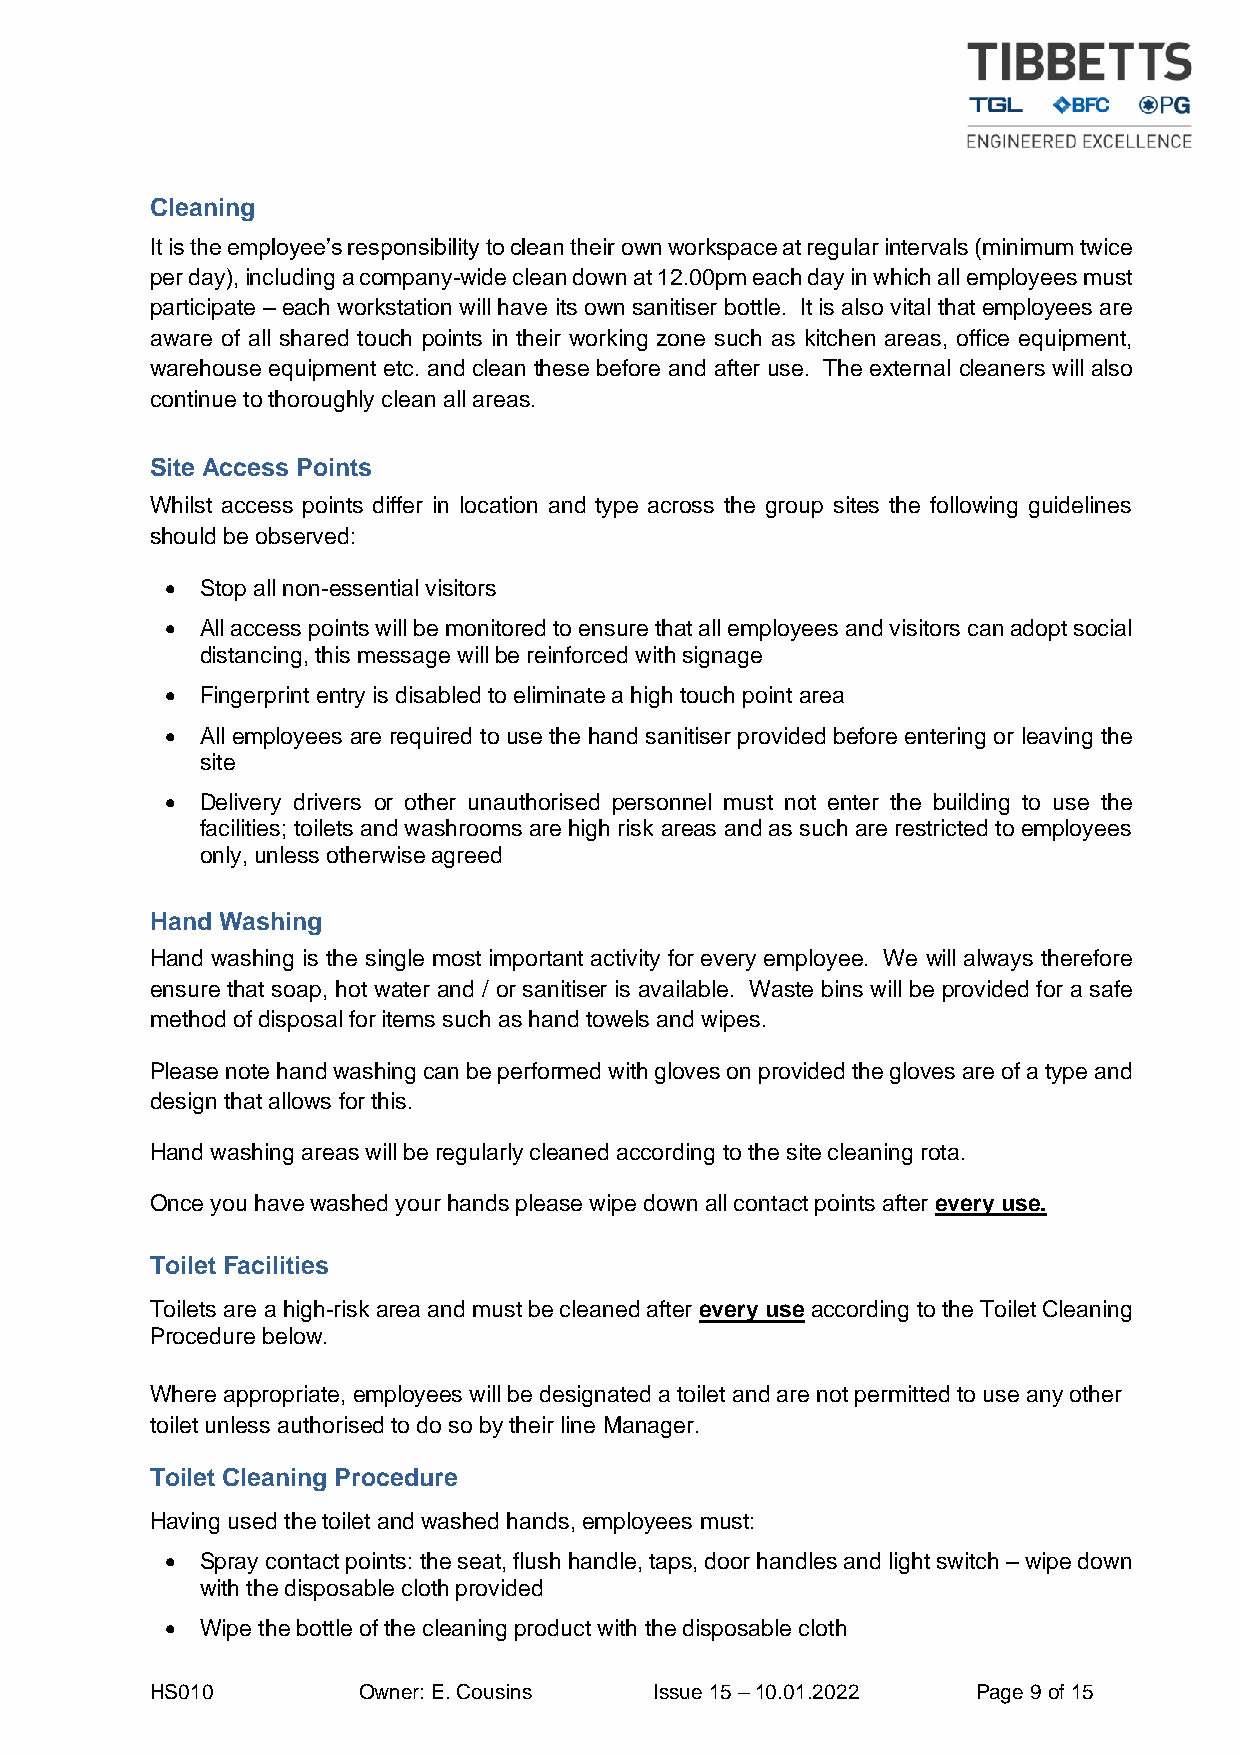
Cleaning
 It is the employee’s responsibility to clean their own workspace at regular intervals (minimum twice
 per day), including a company-wide clean down at 12.00pm each day in which all employees must
 participate – each workstation will have its own sanitiser bottle. It is also vital that employees are
 aware of all shared touch points in their working zone such as kitchen areas, office equipment,
 warehouse equipment etc. and clean these before and after use. The external cleaners will also
 continue to thoroughly clean all areas.
 Site Access Points
 Whilst access points differ in location and type across the group sites the following guidelines
 should be observed:
 • Stop all non-essential visitors
 • All access points will be monitored to ensure that all employees and visitors can adopt social
 distancing, this message will be reinforced with signage
 • Fingerprint entry is disabled to eliminate a high touch point area
 • All employees are required to use the hand sanitiser provided before entering or leaving the
 site
 • Delivery drivers or other unauthorised personnel must not enter the building to use the
 facilities; toilets and washrooms are high risk areas and as such are restricted to employees
 only, unless otherwise agreed
 Hand Washing
 Hand washing is the single most important activity for every employee. We will always therefore
 ensure that soap, hot water and / or sanitiser is available. Waste bins will be provided for a safe
 method of disposal for items such as hand towels and wipes.
 Please note hand washing can be performed with gloves on provided the gloves are of a type and
 design that allows for this.
 Hand washing areas will be regularly cleaned according to the site cleaning rota.
 Once you have washed your hands please wipe down all contact points after every use.
 Toilet Facilities
 Toilets are a high-risk area and must be cleaned after every use according to the Toilet Cleaning
 Procedure below.
 Where appropriate, employees will be designated a toilet and are not permitted to use any other
 toilet unless authorised to do so by their line Manager.
 Toilet Cleaning Procedure
 Having used the toilet and washed hands, employees must:
 • Spray contact points: the seat, flush handle, taps, door handles and light switch – wipe down
 with the disposable cloth provided
 • Wipe the bottle of the cleaning product with the disposable cloth
 HS010         Owner: E. Cousins  Issue 15 – 10.01.2022 Page 9 of 15